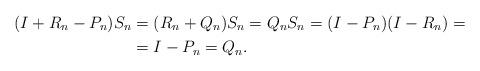
LaTeX: \begin{align*}(I+R_n-P_n)S_n &=(R_n+Q_n)S_n=Q_nS_n=(I-P_n)(I-R_n)=\\&=I-P_n=Q_n.\end{align*}